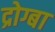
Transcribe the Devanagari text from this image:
द्रोग्बा